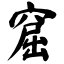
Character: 窟